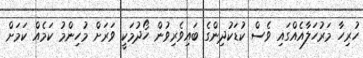
ހުރިހާ މަރުހަލާއެއްގައި ވެސް ކުޑަކުދިންގެ ބައިވެރިވުން ހޯދުމަކީ ވަރަށް މުހިންމު ކަމެއް ކަމަށް